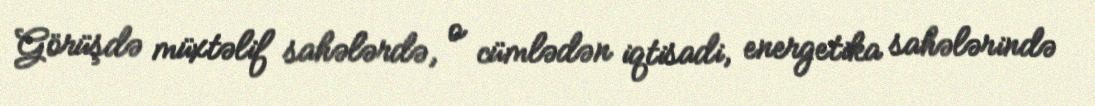
Görüşdə müxtəlif sahələrdə, o cümlədən iqtisadi, energetika sahələrində